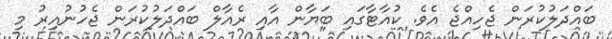
ބައްދަލުކުރަން ޖެހިއްޖެ އެވެ. ކުއާޓާގައި ބަޔާން އާއި ރެއާލް ބައްދަލުކުރަން ޖެހުނުއިރު މި